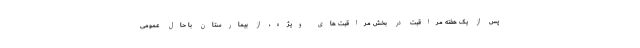
پس از یک هفته مراقبت در بخش مراقبت های ویژه، از بیمارستان با حال عمومی